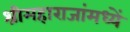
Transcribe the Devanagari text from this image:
श्रीमहाराजांमध्यें